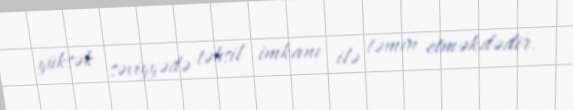
yüksək səviyyədə təhsil imkanı ilə təmin etməkdədir.